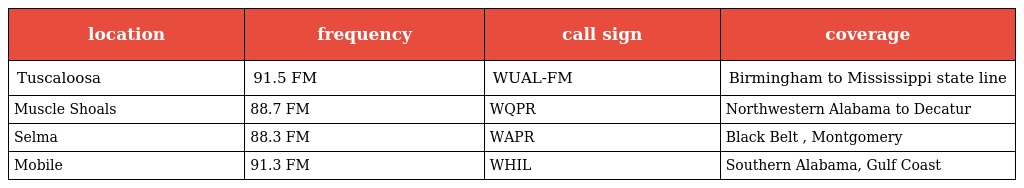
| location | frequency | call sign | coverage |
 | --- | --- | --- | --- |
 | Tuscaloosa | 91.5 FM | WUAL-FM | Birmingham to Mississippi state line |
 | Muscle Shoals | 88.7 FM | WQPR | Northwestern Alabama to Decatur |
 | Selma | 88.3 FM | WAPR | Black Belt , Montgomery |
 | Mobile | 91.3 FM | WHIL | Southern Alabama, Gulf Coast |